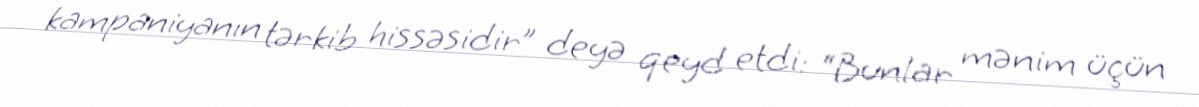
kampaniyanın tərkib hissəsidir” deyə qeyd etdi: “Bunlar mənim üçün